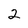
Character: 2